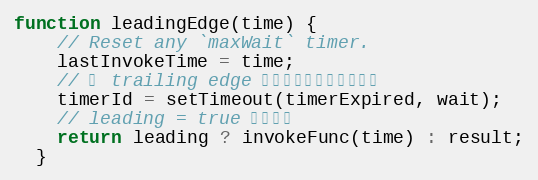
Language: JavaScript
function leadingEdge(time) {
    // Reset any `maxWait` timer.
    lastInvokeTime = time;
    // 为 trailing edge 触发函数调用设定定时器
    timerId = setTimeout(timerExpired, wait);
    // leading = true 执行函数
    return leading ? invokeFunc(time) : result;
  }